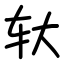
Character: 轪